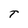
Character: T